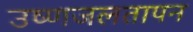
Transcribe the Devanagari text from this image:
उष्णजलतापन